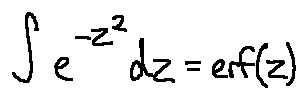
\int e ^ { - z ^ { 2 } } d z = e r f ( z )